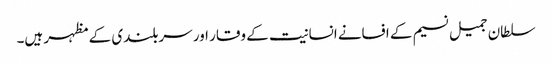
سلطان جمیل نسیم کے افسانے انسانیت کے وقار اور سربلندی کے مظہر ہیں۔